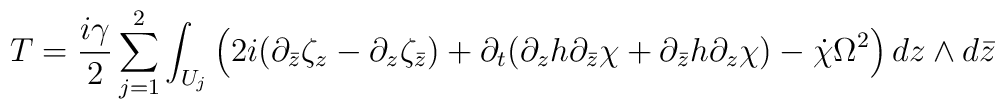
T=\frac{i\gamma}{2}\sum_{j=1}^{2}\int_{U_{j}}\left(2i(\partial_{\bar{z}}\zeta_{z}-\partial_{z}\zeta_{\bar{z}})+\partial_{t}(\partial_{z} h \partial_{\bar{z}} \chi + \partial_{\bar{z}}h \partial_{z}\chi)-\dot{\chi}\Omega^{2}\right) dz\wedge d\bar{z}